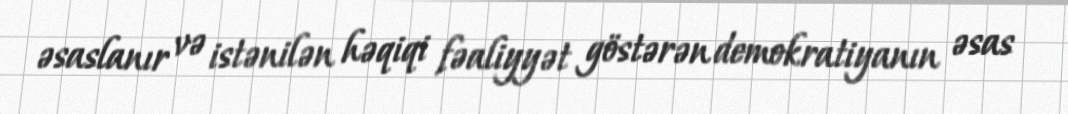
əsaslanır və istənilən həqiqi fəaliyyət göstərən demokratiyanın əsas